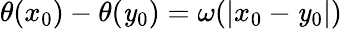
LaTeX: \theta(x_{0})-\theta(\mathit{y}_{0})=\omega(|x_{0}-\mathit{y}_{0}|)